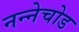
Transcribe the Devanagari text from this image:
नन्नेचोड